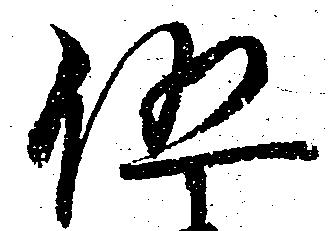
伍